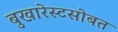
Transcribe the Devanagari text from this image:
बुखारेस्टसोबत